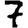
Digit: 7